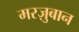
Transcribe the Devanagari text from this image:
मरज़ुबान